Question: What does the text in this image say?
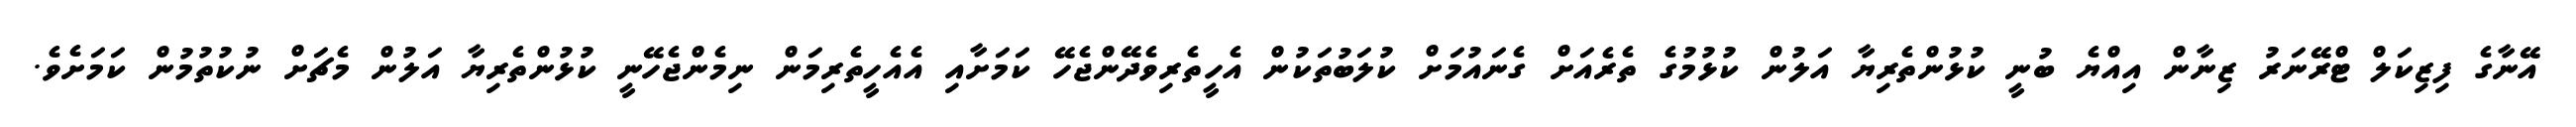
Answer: އޭނާގެ ފިޒިކަލް ޓްރޭނަރު ޒިނާން އިއްޔެ ބުނީ ކުޅުންތެރިޔާ އަލުން ކުޅުމުގެ ތެރެއަށް ގެނައުމަށް ކުލަބުތަކުން އެހީތެރިވެދޭންޖެހޭ ކަމަށާއި އެއެހީތެރިމަން ނިމެންޖެހޭނީ ކުޅުންތެރިޔާ އަލުން މެޗަށް ނުކުތުމުން ކަމަށެވެ.